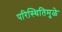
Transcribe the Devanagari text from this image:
परिस्थितिमुळे